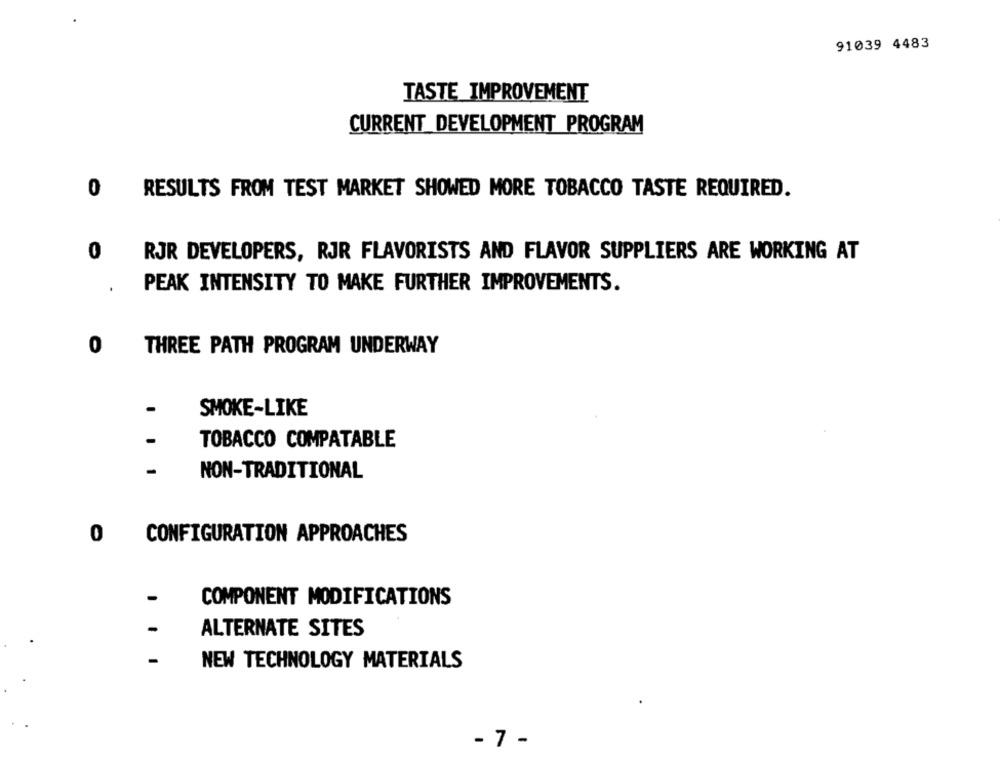
91039 4483
TASTE IMPROVEMENT
CURRENT DEVELOPMENT PROGRAM
0
RESULTS FROM TEST MARKET SHOWED MORE TOBACCO TASTE REQUIRED.
0
RJR DEVELOPERS, RJR FLAVORISTS AND FLAVOR SUPPLIERS ARE WORKING AT
.
PEAK INTENSITY TO MAKE FURTHER IMPROVEMENTS.
0
THREE PATH PROGRAM UNDERWAY
SMOKE-LIKE
-
TOBACCO COMPATABLE
-
NON-TRADITIONAL
0
CONFIGURATION APPROACHES
COMPONENT MODIFICATIONS
ALTERNATE SITES
NEW TECHNOLOGY MATERIALS
- 7 -